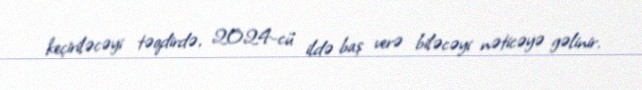
keçiriləcəyi təqdirdə, 2024-cü ildə baş verə biləcəyi nəticəyə gəlinir.